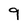
Character: 9